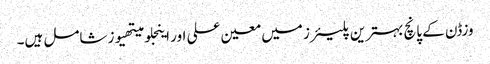
وزڈن کے پانچ بہترین پلیئرز میں معین علی اور اینجلو میتھیوز شامل ہیں۔